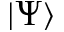
| \Psi \rangle